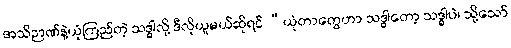
အသိဉာဏ်နဲ့ယုံကြည်တဲ့ သဒ္ဓါလို့ ဒီလိုယူမယ်ဆိုရင် “ယုံတာတွေဟာ သဒ္ဓါတော့ သဒ္ဓါပဲ၊ သို့သော်